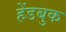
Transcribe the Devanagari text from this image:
हेंडबुक